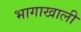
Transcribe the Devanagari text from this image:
भागाखाली